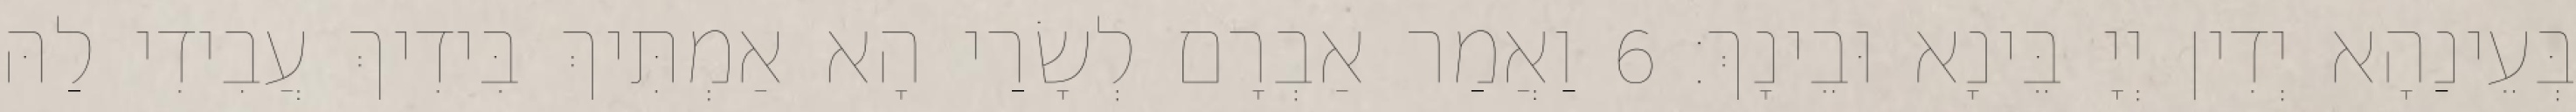
בְּעֵינַהָא יְדִין יְיָ בֵּינָא וּבֵינָךְ׃ 6 וַאֲמַר אַבְרָם לְשָׂרַי הָא אַמְתִּיךְ בִּידִיךְ עֲבִידִי לַהּ